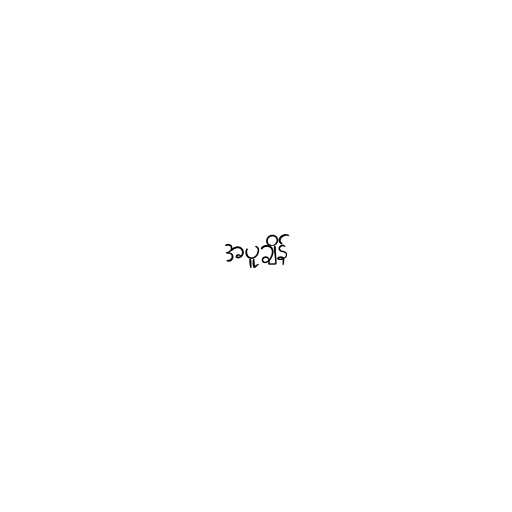
အပူချိန်